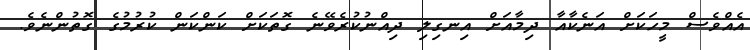
އެއްވެސް މީހަކަށް އަނެކާއާ ދިމާއަށް އިނގިލި ދިއްނުކުރެވޭނެ ގޮތަކަށް ކަންކަން ކުރުމުގެ ގޮތުންނެވެ.